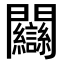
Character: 𨷻